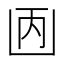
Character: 𠚇